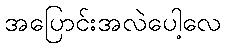
အပြောင်းအလဲပေါ့လေ